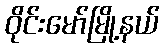
ဝိုင်းမော်မြို့နယ်